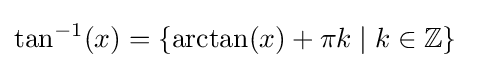
\tan ^{-1}(x)=\{\arctan(x)+\pi k\mid k\in \mathbb {Z} \}~